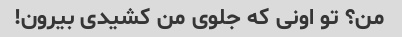
من؟ تو اونی که جلوی من کشیدی بیرون!